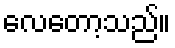
လေတော့သည်။